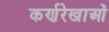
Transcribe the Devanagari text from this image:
कर्णरेखाओं